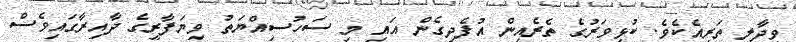
ވިދާލި ތަރިއެކެވެ. ކުޅިވަރުގެ ތެރެއިން އުފެދިގެން އައި މި ސަހުސިއްޔަތު ވިޔަފާރީގެ ދާއިރާގައިވެސް